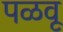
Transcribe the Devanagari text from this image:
पळवू